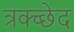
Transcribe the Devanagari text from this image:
त्रक्च्छेद